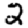
Digit: 2